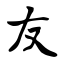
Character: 友